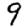
Digit: 9